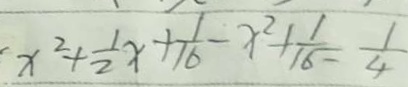
x ^ { 2 } + \frac { 1 } { 2 } x + \frac { 1 } { 1 6 } - x ^ { 2 } + \frac { 1 } { 1 6 } = \frac { 1 } { 4 }